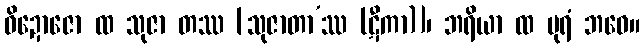
ဝိဍောဇော ထ သုဇာ တဿ [သုဇာတာ’ဿ (ဋီကာ)]၊ ဘရိယာ ထ ပုရံ ဘဝေ။